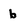
Character: b